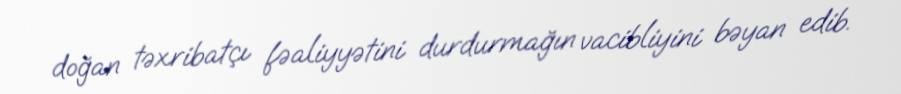
doğan təxribatçı fəaliyyətini durdurmağın vacibliyini bəyan edib.